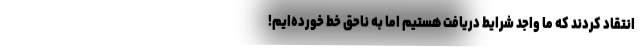
انتقاد کردند که ما واجد شرایط دریافت هستیم اما به ناحق خط خورده‌ایم!